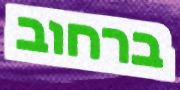
ברחוב